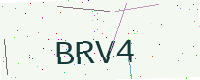
Text: BRV4